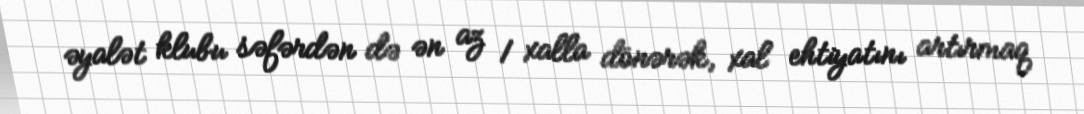
əyalət klubu səfərdən də ən az 1 xalla dönərək, xal ehtiyatını artırmaq